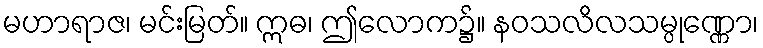
မဟာရာဇ၊ မင်းမြတ်။ ဣဓ၊ ဤလောက၌။ နဝသလိလသမ္ပုဏ္ဏော၊